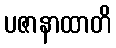
ပဇာနာထာတိ